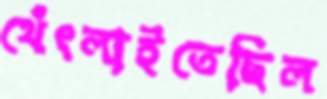
থেঁৎলাইতেছিল